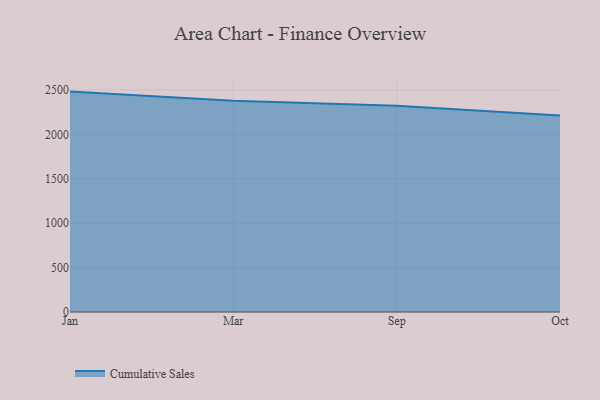
{"axis": {"x": "Month", "y": "Gross Profit (USD K)"}, "legend": ["Cumulative Sales"], "data": [{"x": "Jan", "y": 2480.9, "type": "Cumulative Sales"}, {"x": "Mar", "y": 2376.9, "type": "Cumulative Sales"}, {"x": "Sep", "y": 2321.5, "type": "Cumulative Sales"}, {"x": "Oct", "y": 2213.2, "type": "Cumulative Sales"}]}